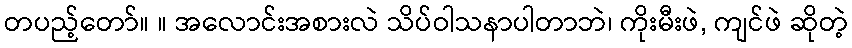
တပည့်တော်။ ။ အလောင်းအစားလဲ သိပ်ဝါသနာပါတာဘဲ၊ ကိုးမီးဖဲ, ကျင်ဖဲ ဆိုတဲ့